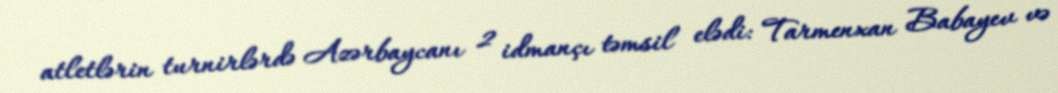
atletlərin turnirlərdə Azərbaycanı 2 idmançı təmsil elədi: Tarmenxan Babayev və